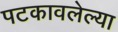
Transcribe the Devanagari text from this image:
पटकावलेल्या